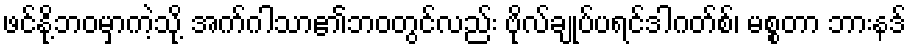
ဖင်နို့ဘဝမှာကဲ့သို့ အက်ဂါသာ၏ဘဝတွင်လည်း ဗိုလ်ချုပ်ပရင်ဒါဂတ်စ်၊ မစ္စတာ ဘားနဒ်